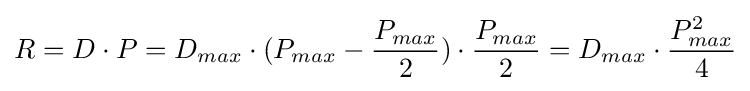
R={D}\cdot {P}={D_{max}\cdot (P_{max}-{\frac {P_{max}}{2}})}\cdot {\frac {P_{max}}{2}}={D_{max}\cdot {\frac {P_{max}^{2}}{4}}}